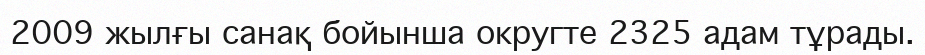
2009 жылғы санақ бойынша округте 2325 адам тұрады.